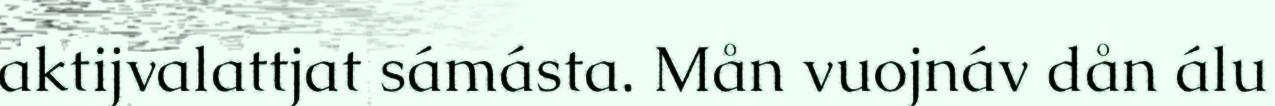
aktijvalattjat sámásta. Mån vuojnáv dån álu